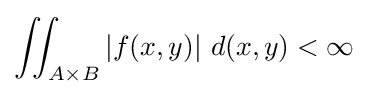
\iint _{A\times B}\left|f(x,y)\right|\,d(x,y)<\infty